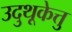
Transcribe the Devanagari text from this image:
उदुथूकेत्तु